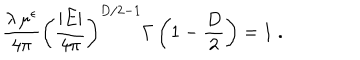
\frac { \lambda \, \mu ^ { \epsilon } } { 4 \pi } \left( \frac { | E | } { 4 \pi } \right) ^ { { D } / 2 - 1 } \Gamma \left( 1 - \frac { D } { 2 } \right) = 1 \; .